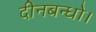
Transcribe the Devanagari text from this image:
दीनबन्धो।